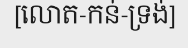
[លោត-កន់-ទ្រង់]